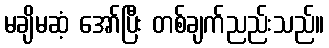
မချိမဆံ့ အော်ပြီး တစ်ချက်ညည်းသည်။